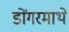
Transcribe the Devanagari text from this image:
डोंगरमाथे